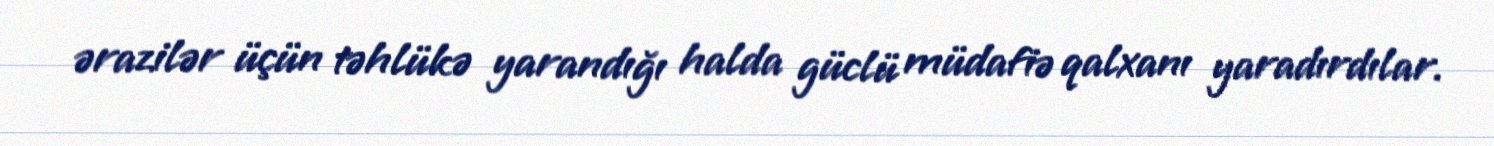
ərazilər üçün təhlükə yarandığı halda güclü müdafiə qalxanı yaradırdılar.